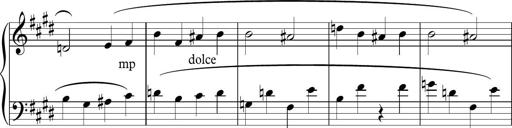
Title: Sonatina n.3
Composer: Tatiana Stankovych
Key: E major